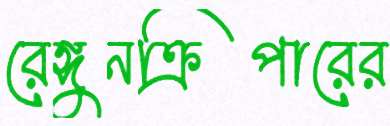
রেঙ্গুনক্রিপারের